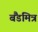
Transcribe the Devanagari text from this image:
बैंडमित्र